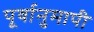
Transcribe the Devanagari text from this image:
पूर्वानुमापी